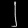
Digit: ၂